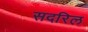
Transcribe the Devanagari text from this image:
सदरिल